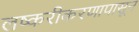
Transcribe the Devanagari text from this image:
लष्करीकरणापासून